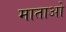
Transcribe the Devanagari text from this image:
माताओ